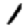
Digit: 1